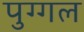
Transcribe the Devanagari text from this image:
पुग्गल